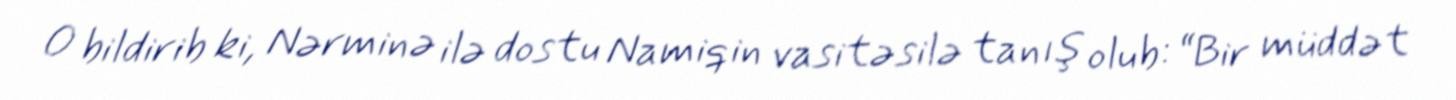
O bildirib ki, Nərminə ilə dostu Namiqin vasitəsilə tanış olub: “Bir müddət